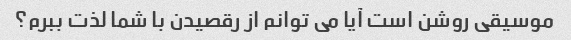
موسیقی روشن است آیا می توانم از رقصیدن با شما لذت ببرم؟